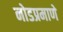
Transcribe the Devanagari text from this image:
नोडप्रमाणे